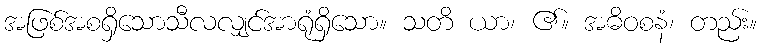
အဖြစ်အစရှိသောသီလလျှင်အာရုံရှိသော။ သတိ ယာ၊ ၏။ အဓိဝစနံ၊ တည်း။